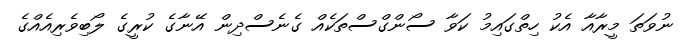
ނުވަތަ މީރާއާ އެކު ހިތްގައިމު ކަވާ ސޯންގްސްތަކެއް ގެނެސްދިން އޭނާގެ ކުރީގެ ލޯބިވެރިއެއްގެ